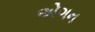
એગન